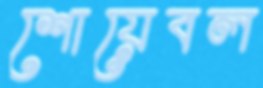
শোয়েবল